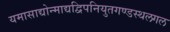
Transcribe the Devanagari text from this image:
यमासाद्योन्माद्यद्विपनियुतगण्डस्थलगल